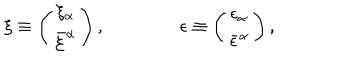
\xi \equiv \left( \begin{matrix} { { \xi _ { \alpha } } } \\ { { \bar { \xi } ^ { \dot { \alpha } } } } \\ \end{matrix} \right) , \qquad \qquad \epsilon \equiv \left( \begin{matrix} { { \epsilon _ { \alpha } } } \\ { { \bar { \epsilon } ^ { \dot { \alpha } } } } \\ \end{matrix} \right) ,